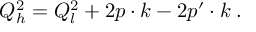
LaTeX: Q _ { h } ^ { 2 } = Q _ { l } ^ { 2 } + 2 p \cdot k - 2 p ^ { \prime } \cdot k \; .